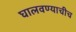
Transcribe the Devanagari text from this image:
घालवण्याचीच